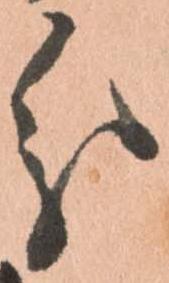
分